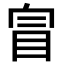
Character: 𥅉